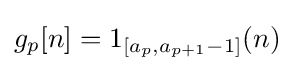
g_{p}[n]=1_{[a_{p},a_{p+1}-1]}(n)